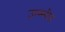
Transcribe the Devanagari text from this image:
उम्म्मीद